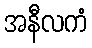
အနီလကံ